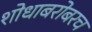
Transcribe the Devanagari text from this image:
शोधाबरोबरच